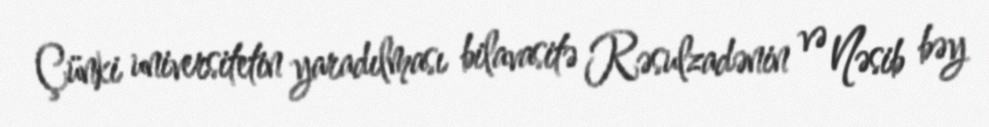
Çünki universitetin yaradılması bilavasitə Rəsulzadənin və Nəsib bəy